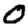
Digit: 0